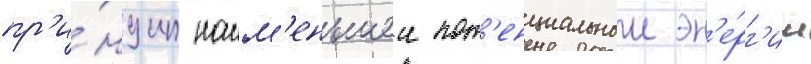
пр'и́нцип наим'еньшеи пот'енциальнои эн'е́рг'ии